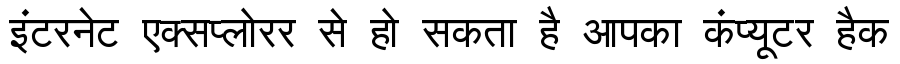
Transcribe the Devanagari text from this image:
इंटरनेट एक्सप्लोरर से हो सकता है आपका कंप्यूटर हैक